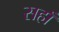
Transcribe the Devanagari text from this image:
सहाँ